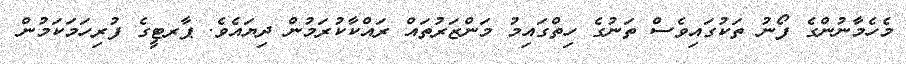
މެހެމާނުންގެ ފޯނު ތަކުގައިވެސް ތަނުގެ ހިތްގައިމު މަންޒަރުތައް ރައްކާކުރަމުން ދިޔައެވެ. ޕާރޓީގެ ފުރިހަމަކަމުން